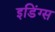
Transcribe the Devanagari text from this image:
इडिंग्स